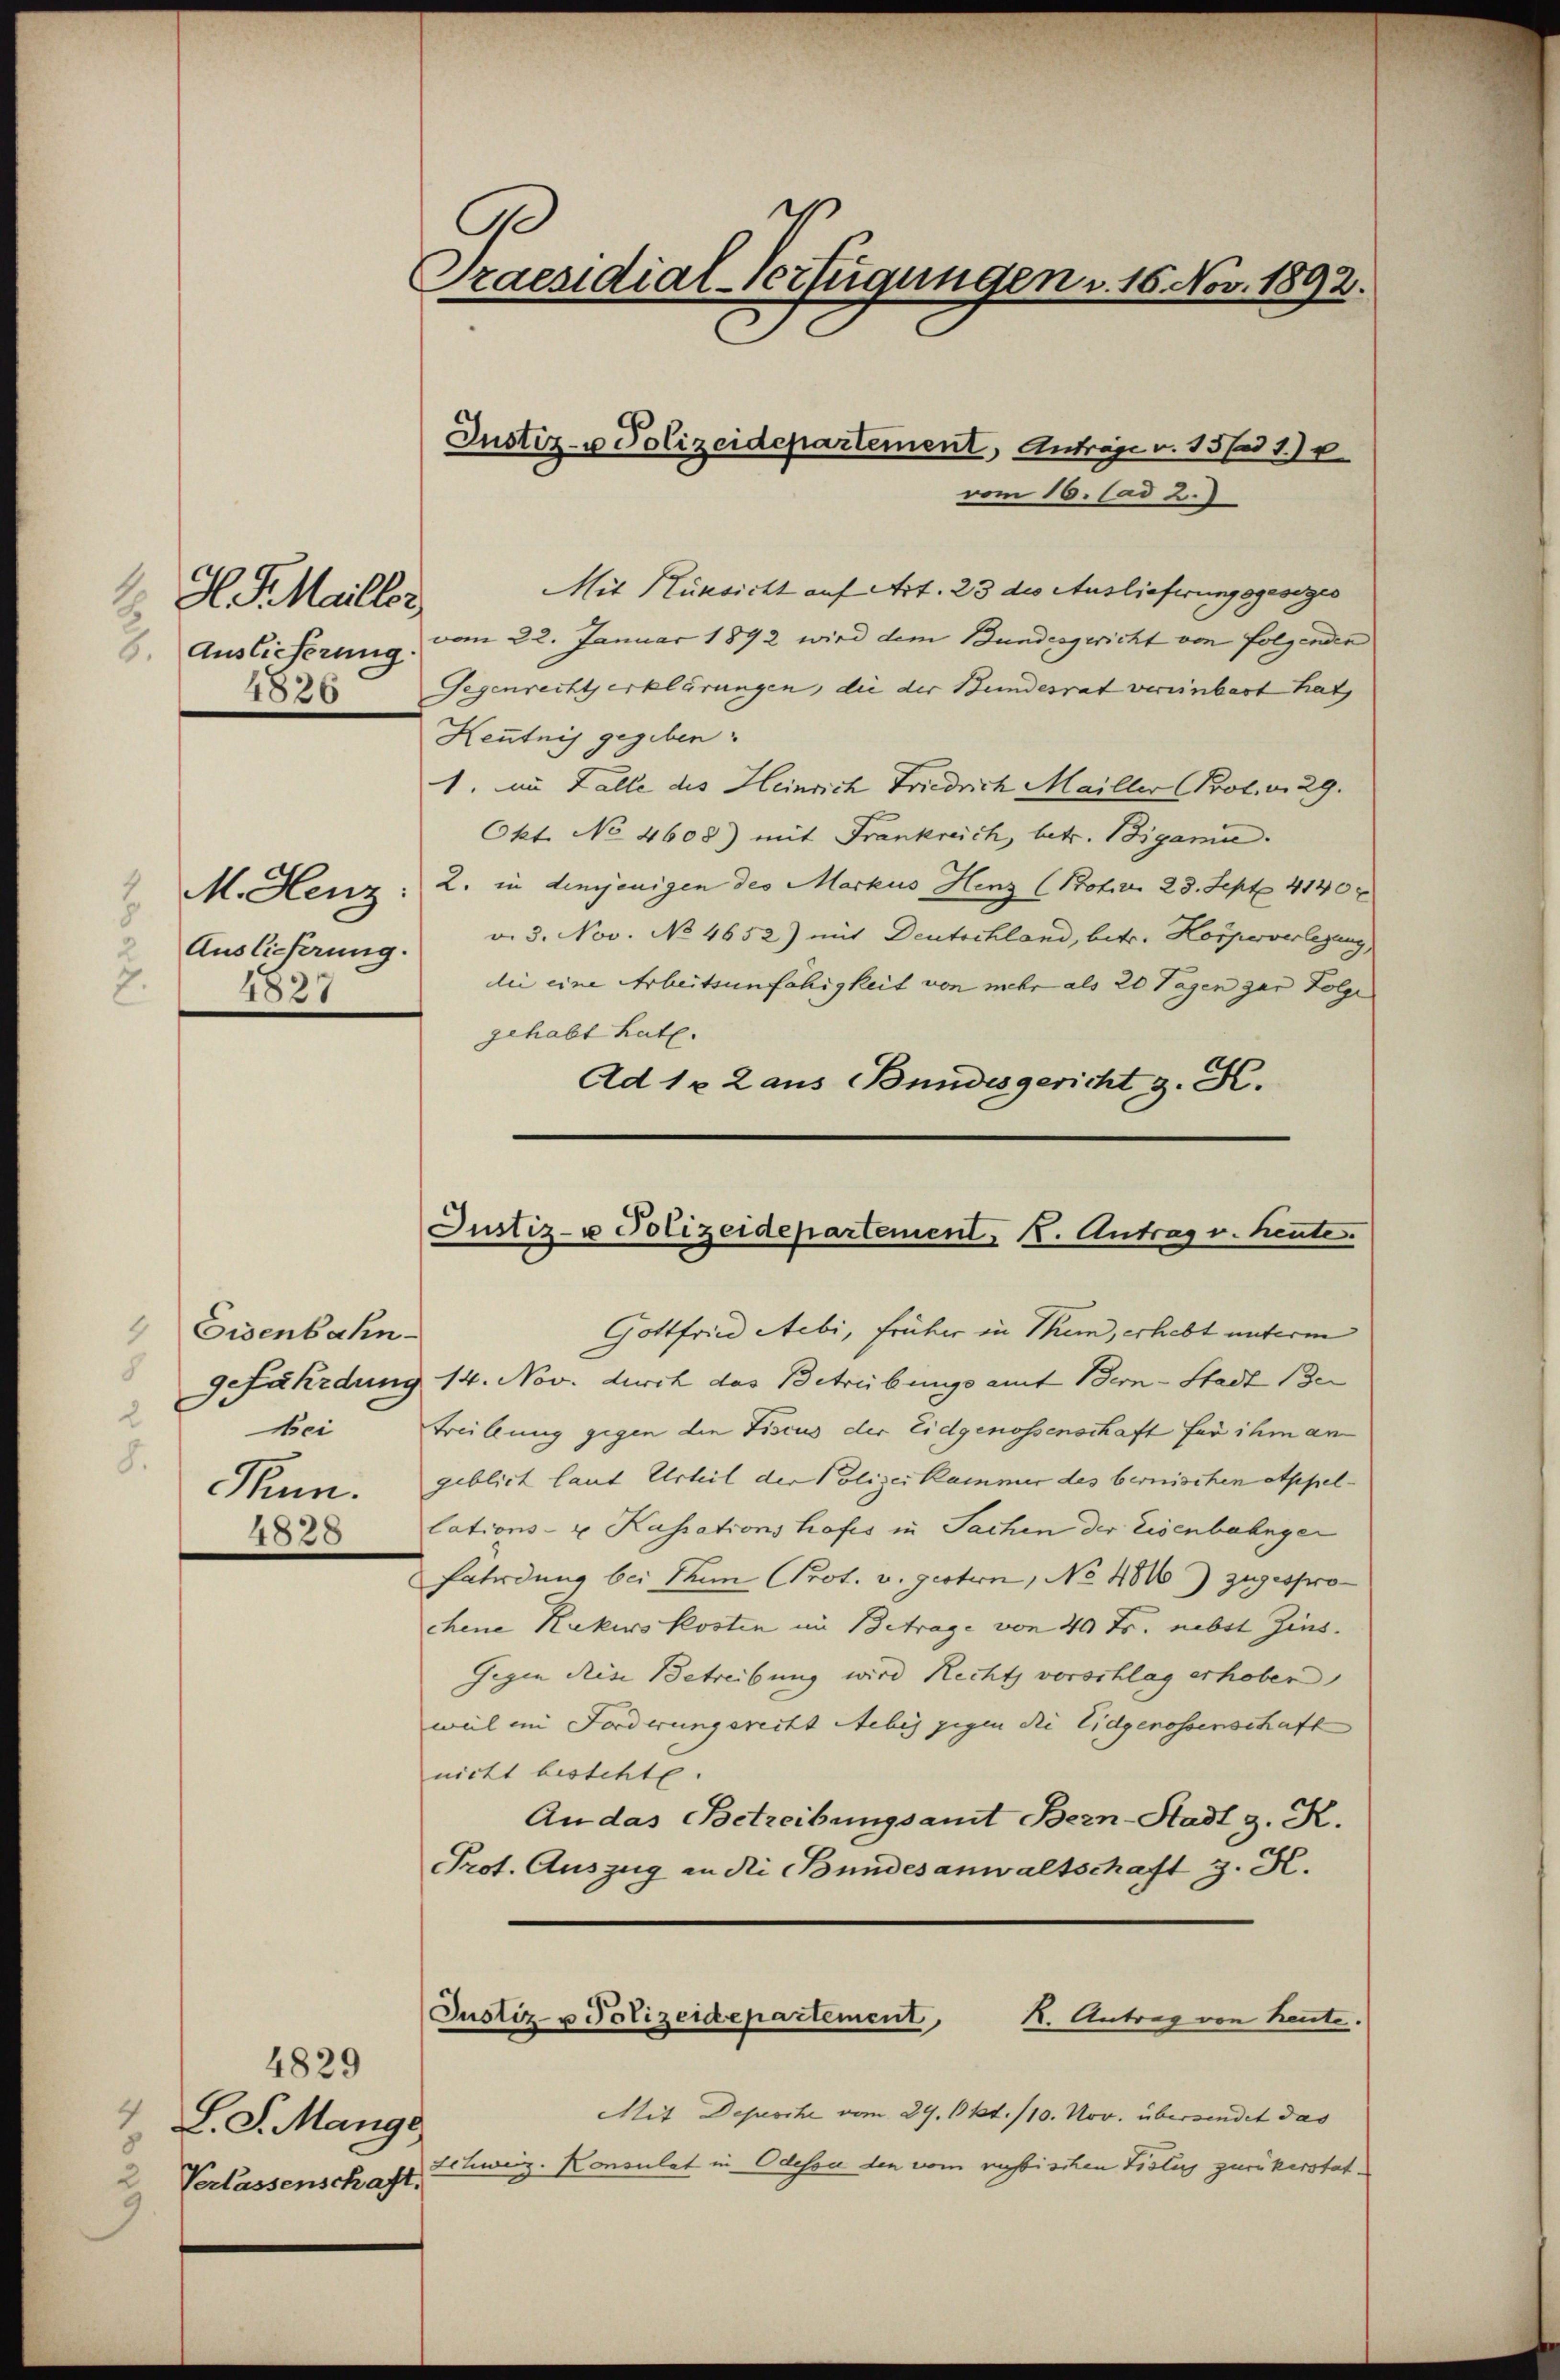
1.
H. d. Maillor
6. Auslieferung
4826

M. Henz.
Auslieferung.
2
1827

Eisenbahn
2
Bei
8.
Pum.

4828

4829
2 L. S. Mange
Verlassenschaft.
3

B
Praesidial-Verfügungen v. 16. Nov. 1892.

Justiz- u Polizeidepartement, Anträge v. 15 f 18
vom 16. Cad 2.

Mit Rüksicht auf Art. 23 des Auslieferungsgesezes
vom 22. Januar 1892 wird dem Bundesgericht von folgenden
Gegenrechtserklärungen, die der Bundesrat vereinbart hat,
Kenntnis gegeben:
1. im Falle des Heinrich Friedrich Mailler (Prot. v. 29.
Okt. No 4608) mit Frankreich, betr. Biganin.
2. in demjenigen des Markus Henz (Notz. 23. Sept. 4140
v. 3. Nov. No 4652) mit Deutschland, betr. Körperverlegung
die eine Arbeitsunfähigkeit von mehr als 20 Tagen zur Folge
gehabt hat.
Ad 1 x 2 aus Bundesgericht z. B.

Justiz- u Polizeidepartement K. Antrag v. heute.

Gottfried Aebi, früher in Thun, erhebt unterm
9fährdung 14. Nov. durch das Betreibungsamt Bern-Stadt (der
Treillung gegen die Fiscus der Eidgenossenschaft für ihm an
geblich laut Urteil der Polizeikammer des bernischen Appellations- u. Kassationshofes in Sachen der Eisenbahnger
Enterdung bei Thun Prot. v. gestern, No 484) zugesprochene Rekurskosten im Betrage von 40 Fr. nebst Zins.
Gegen deine Betreibung wird Rechts vorschlag erhoben
weil in Forderungerecht Aebes gegen die Eidgenossenschaft
nicht bestehte.
An das Betreibungsamt Bern-Stadt z. R.
Prot. Auszug an die Bundesanwaltschaft z. K.
Justiz- u Polizeidepartement, 1. Antrag von heute.
Mit Depesche vom 29. Okt. 110. Nov. übersendet das
Schweiz. Konsulat in Odessa den vom russischen Fistes zurükerstat